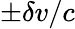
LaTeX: \pm\delta v/c